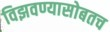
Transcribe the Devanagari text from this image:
विझवण्यासोबतच